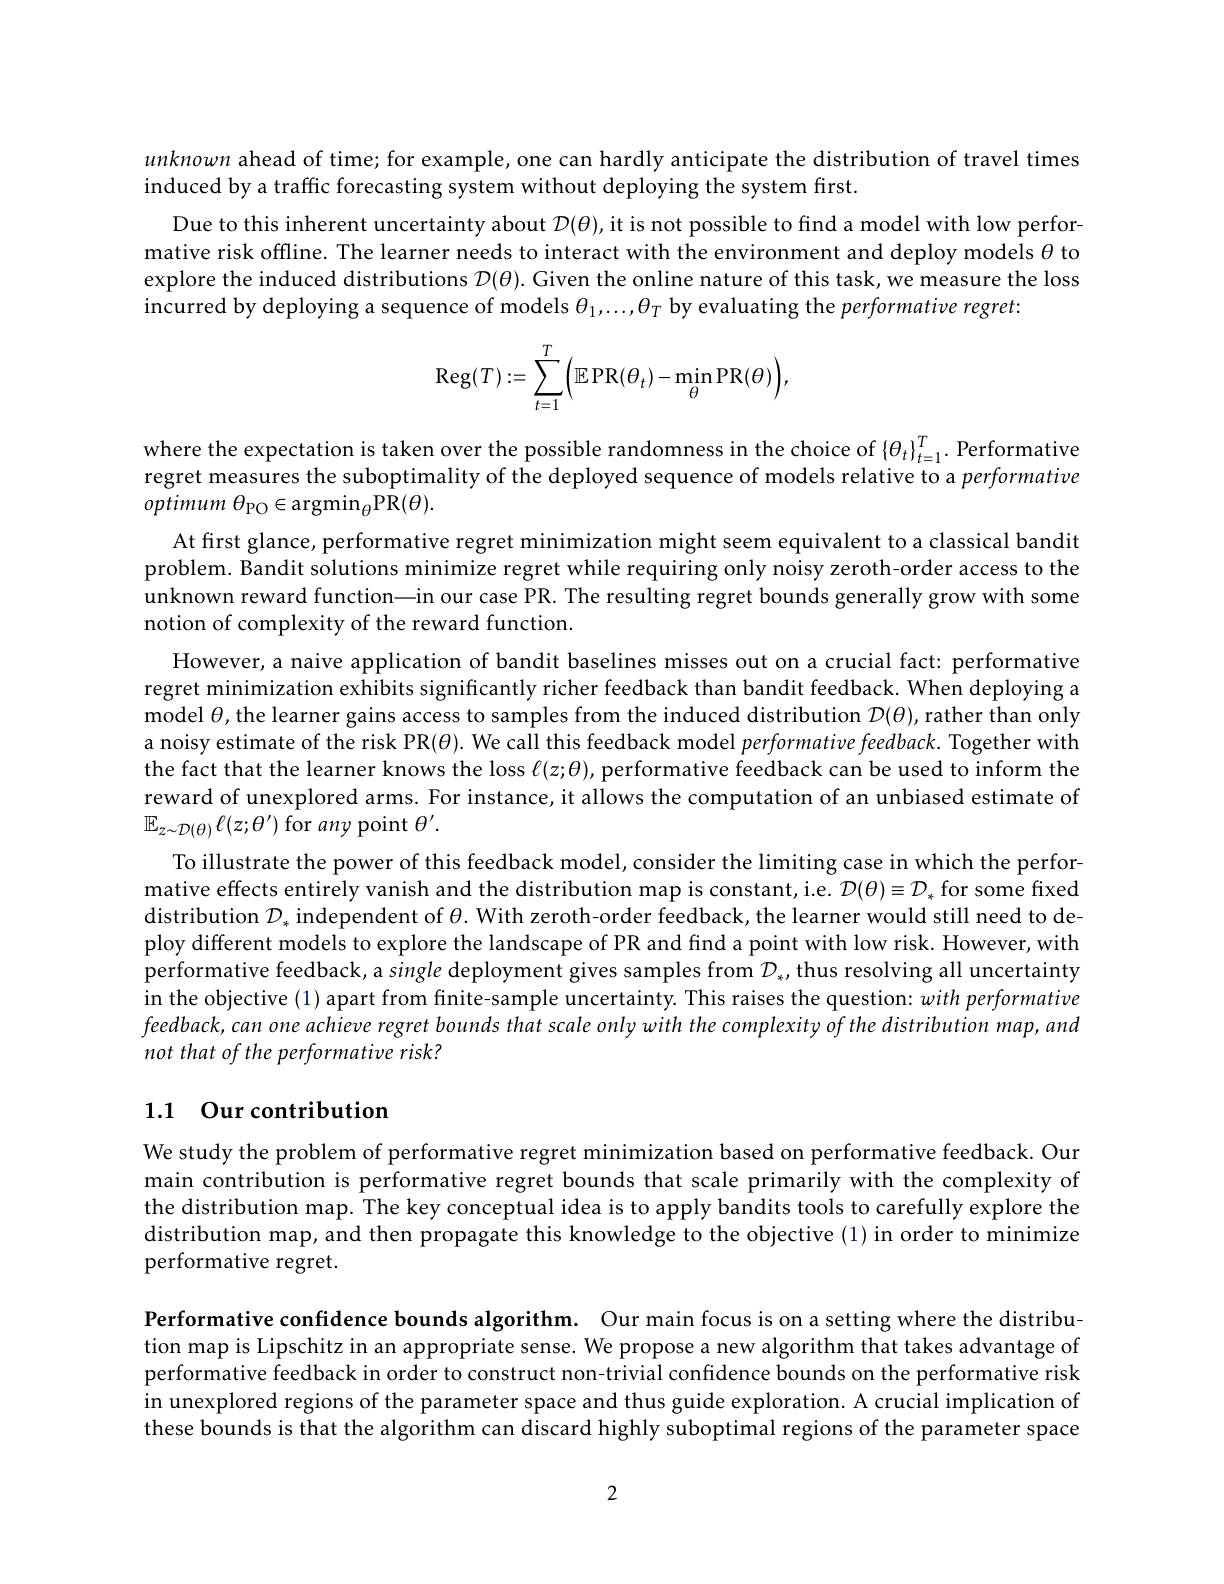
unknown ahead of time; for example, one can hardly anticipate the distribution of travel times
induced by a traffic forecasting system without deploying the system first
Due to this inherent uncertainty about $\mathcal{D}(\theta)$,it is not possible to find a model with low perfor mative risk offline. The learner needs to interact with the environment and deploy models $\theta$ to explore the induced distributions $\mathcal{D}(\theta).$ Given the online nature of this task, we measure the loss incurred by deploying a sequence of models $\theta_1,\ldots,\theta_T$ by evaluating the performative regret:
$$\operatorname{Reg}(T):=\sum\limits_{t=1}^T\Bigl(\mathbb{E}\operatorname{PR}(\theta_t)-\operatorname*{min}_\theta\operatorname{PR}(\theta)\Bigr),$$
where the expectation is taken over the possible randomness in the choice of $\{\theta_t\}_{t=1}^T.$ Performative regret measures the suboptimality of the deployed sequence of models relative to a performative optimum $\theta _{\mathrm{PO}}\in \operatorname { argmin} _{\theta }$PR$(\theta).$
At first glance, performative regret minimization might seem equivalent to a classical bandit problem. Bandit solutions minimize regret while requiring only noisy zeroth-order access to the unknown reward function—in our case PR. The resulting regret bounds generally grow with some notion of complexity of the reward function.
However, a naive application of bandit baselines misses out on a crucial fact: performative regret minimization exhibits significantly richer feedback than bandit feedback. When deploying a model $\theta$,the learner gains access to samples from the induced distribution $D(\theta)$, rather than only a noisy estimate of the risk PR($\theta).$ We call this feedback model performative feedback. Together with the fact that the learner knows the loss $\ell(z;\theta)$,performative feedback can be used to inform the reward of unexplored arms. For instance, it allows the computation of an unbiased estimate of $\mathbb{E}_{z\sim\mathcal{D}(\theta)}\ell(z;\theta^{\prime})$ for any point $\theta^\prime.$
To illustrate the power of this feedback model, consider the limiting case in which the performative effects entirely vanish and the distribution map is constant, i.e. $\mathcal{D}(\theta)\equiv\mathcal{D}_*$ for some fixed distribution $\mathcal{D}_*$ independent of $\theta.$ With zeroth-order feedback, the learner would still need to deploy different models to explore the landscape of PR and find a point with low risk. However, with performative feedback, a single deployment gives samples from $\mathcal{D}_*$,thus resolving all uncertainty in the objective (1) apart from finite-sample uncertainty. This raises the question: with performative feedback, can one achieve regret bounds that scale only with the complexity of the distribution map, and not that of the performative risk?

# 1.1 Our contribution

We study the problem of performative regret minimization based on performative feedback. Our main contribution is performative regret bounds that scale primarily with the complexity of the distribution map. The key conceptual idea is to apply bandits tools to carefully explore the distribution map, and then propagate this knowledge to the objective (1) in order to minimize performative regret.

Performative confidence bounds algorithm. Our main focus is on a setting where the distribution map is Lipschitz in an appropriate sense. We propose a new algorithm that takes advantage of performative feedback in order to construct non-trivial confidence bounds on the performative risk in unexplored regions of the parameter space and thus guide exploration. A crucial implication of these bounds is that the algorithm can discard highly suboptimal regions of the parameter space

2